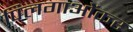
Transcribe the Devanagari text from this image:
पिलगाओंकर